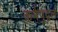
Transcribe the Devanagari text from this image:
कर्मपुद्गल